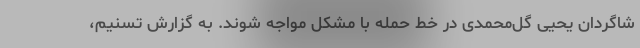
شاگردان یحیی گل‌محمدی در خط حمله با مشکل مواجه شوند. به گزارش تسنیم،